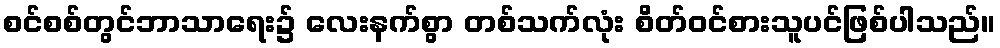
စင်စစ်တွင်ဘာသာရေး၌ လေးနက်စွာ တစ်သက်လုံး စိတ်ဝင်စားသူပင်ဖြစ်ပါသည်။